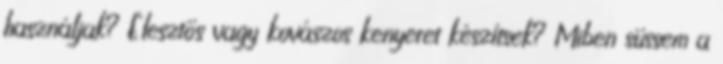
használjak? Élesztős vagy kovászos kenyeret készítsek? Miben süssem a